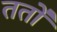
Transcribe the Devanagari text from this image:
ततो॑